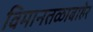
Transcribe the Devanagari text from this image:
विमानतळाबाहेर